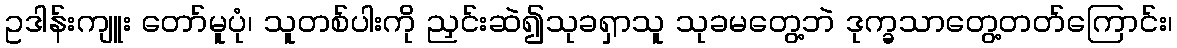
ဥဒါန်းကျူး တော်မူပုံ၊ သူတစ်ပါးကို ညှင်းဆဲ၍သုခရှာသူ သုခမတွေ့ဘဲ ဒုက္ခသာတွေ့တတ်ကြောင်း၊